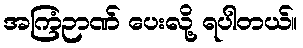
အကြံဉာဏ် ပေးလို့ ရပါတယ်။